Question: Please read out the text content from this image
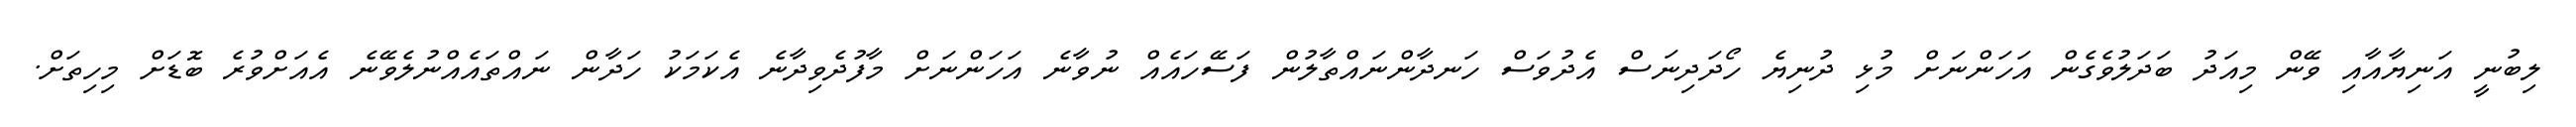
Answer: ލިބުނީ އަނިޔާއާއި ވޭން މިއަދު ބަދަލުވެގެން އަހަންނަށް މުޅި ދުނިޔެ ހޯދަދިނަސް އެދުވަސް ހަނދާންނައްތާލުން ފަސޭހައެއް ނުވާނެ އަހަންނަށް މާފުދެވިދާނެ އެކަމަކު ހަދާން ނައްތައެއްނުލެވޭނެ އެއަށްވުރެ ބޮޑަށް މިހިތަށް.